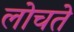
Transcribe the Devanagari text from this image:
लोचते